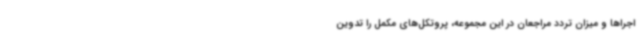
اجراها و میزان تردد مراجعان در این مجموعه، پروتکل‌های مکمل را تدوین